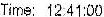
TIME: 12:41:00